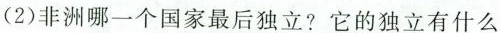
(2)非洲哪一个国家最后独立?它的独立有什么